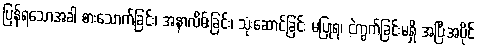
ပြန်ရသောအခါ စားသောက်ခြင်း၊ အနာလိမ်းခြင်း၊ သုံးဆောင်ခြင်း မပြုရ၊ ငဲ့ကွက်ခြင်းမရှိ အပြီးအပိုင်